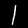
Label: 1